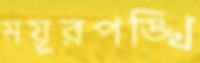
ময়ূরপঙ্খি